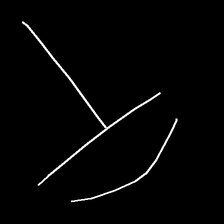
Glyph: dispersion